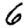
Digit: 6